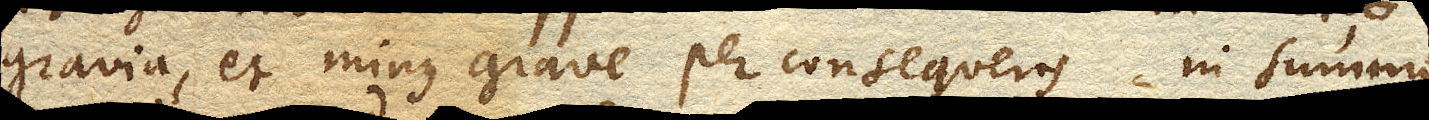
gravia, et minus grave per consequens in summo,